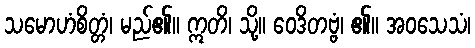
သမောဟံစိတ္တံ၊ မည်၏။ ဣတိ၊ သို့။ ဝေဒိတဗ္ဗံ၊ ၏။ အဝသေသံ၊